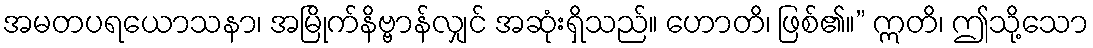
အမတပရယောသနာ၊ အမြိုက်နိဗ္ဗာန်လျှင် အဆုံးရှိသည်။ ဟောတိ၊ ဖြစ်၏။” ဣတိ၊ ဤသို့သော